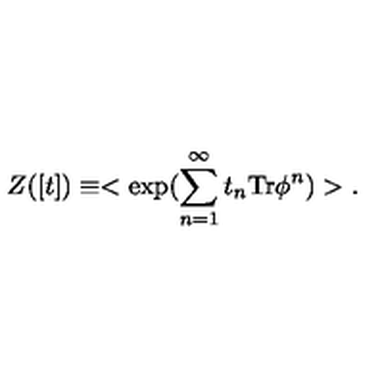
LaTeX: Z ( [ t ] ) \equiv < \exp ( \sum _ { n = 1 } ^ { \infty } t _ { n } \mathrm { T r } \phi ^ { n } ) > .